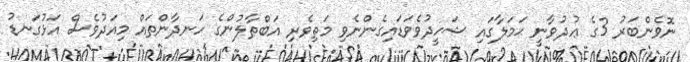
ނޮވެންބަރު 3ގެ ޢުދުވާނީ ޙަމަލާގައި ޝަހީދުވެވަޑައިގެންނެވި މަތިވެރި އަބްޠާލުންގެ ހަނދާންތައް މިއަދުވެސް އަޅުގަނޑު